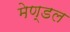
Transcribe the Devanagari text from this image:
मेण्डल